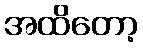
အထိတော့